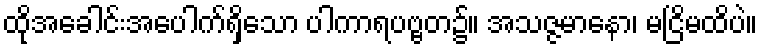
ထိုအခေါင်းအပေါက်ရှိသော ပါကာရပဗ္ဗတ၌။ အသဇ္ဇမာနော၊ မငြိမထိပဲ။